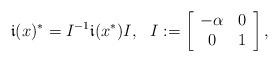
LaTeX: \begin{align*}\mathfrak{i}(x)^{\ast}=I^{-1}\mathfrak{i}(x^{\ast})I,\,\,\,\,I:=\left[\begin{array}{cc}-\alpha & 0\\0 & 1\end{array}\right],\end{align*}